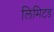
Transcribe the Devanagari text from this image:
लिमिटड